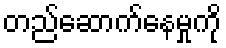
တည်ဆောက်နေမှုကို